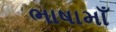
ભાષામાઁ